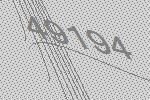
49194